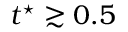
t ^ { \star } \gtrsim 0 . 5